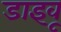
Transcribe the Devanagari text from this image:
डाइवू